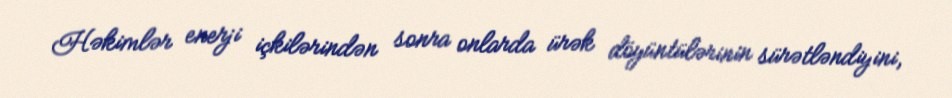
Həkimlər enerji içkilərindən sonra onlarda ürək döyüntülərinin sürətləndiyini,